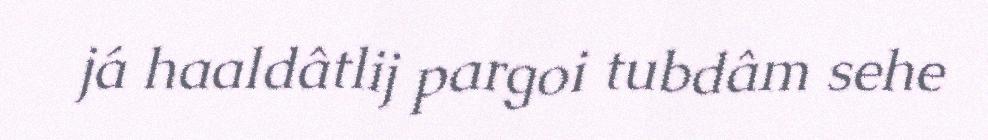
já haaldâtlij pargoi tubdâm sehe